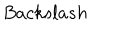
LaTeX: B a c k s l a s h \,